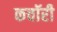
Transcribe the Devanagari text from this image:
कचॉरी